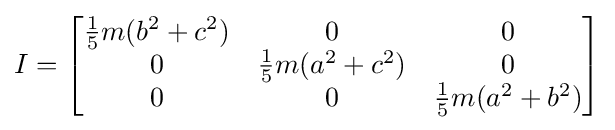
I={\begin{bmatrix}{\frac {1}{5}}m(b^{2}+c^{2})&0&0\\0&{\frac {1}{5}}m(a^{2}+c^{2})&0\\0&0&{\frac {1}{5}}m(a^{2}+b^{2})\end{bmatrix}}